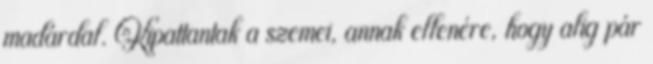
madárdal. Kipattantak a szemei, annak ellenére, hogy alig pár